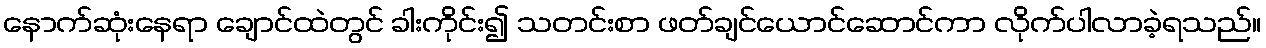
နောက်ဆုံးနေရာ ချောင်ထဲတွင် ခါးကိုင်း၍ သတင်းစာ ဖတ်ချင်ယောင်ဆောင်ကာ လိုက်ပါလာခဲ့ရသည်။